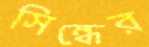
সিন্ধের